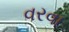
વરવા